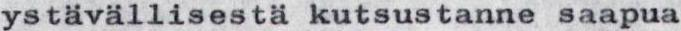
ystävällisestä kutsustanne saapua